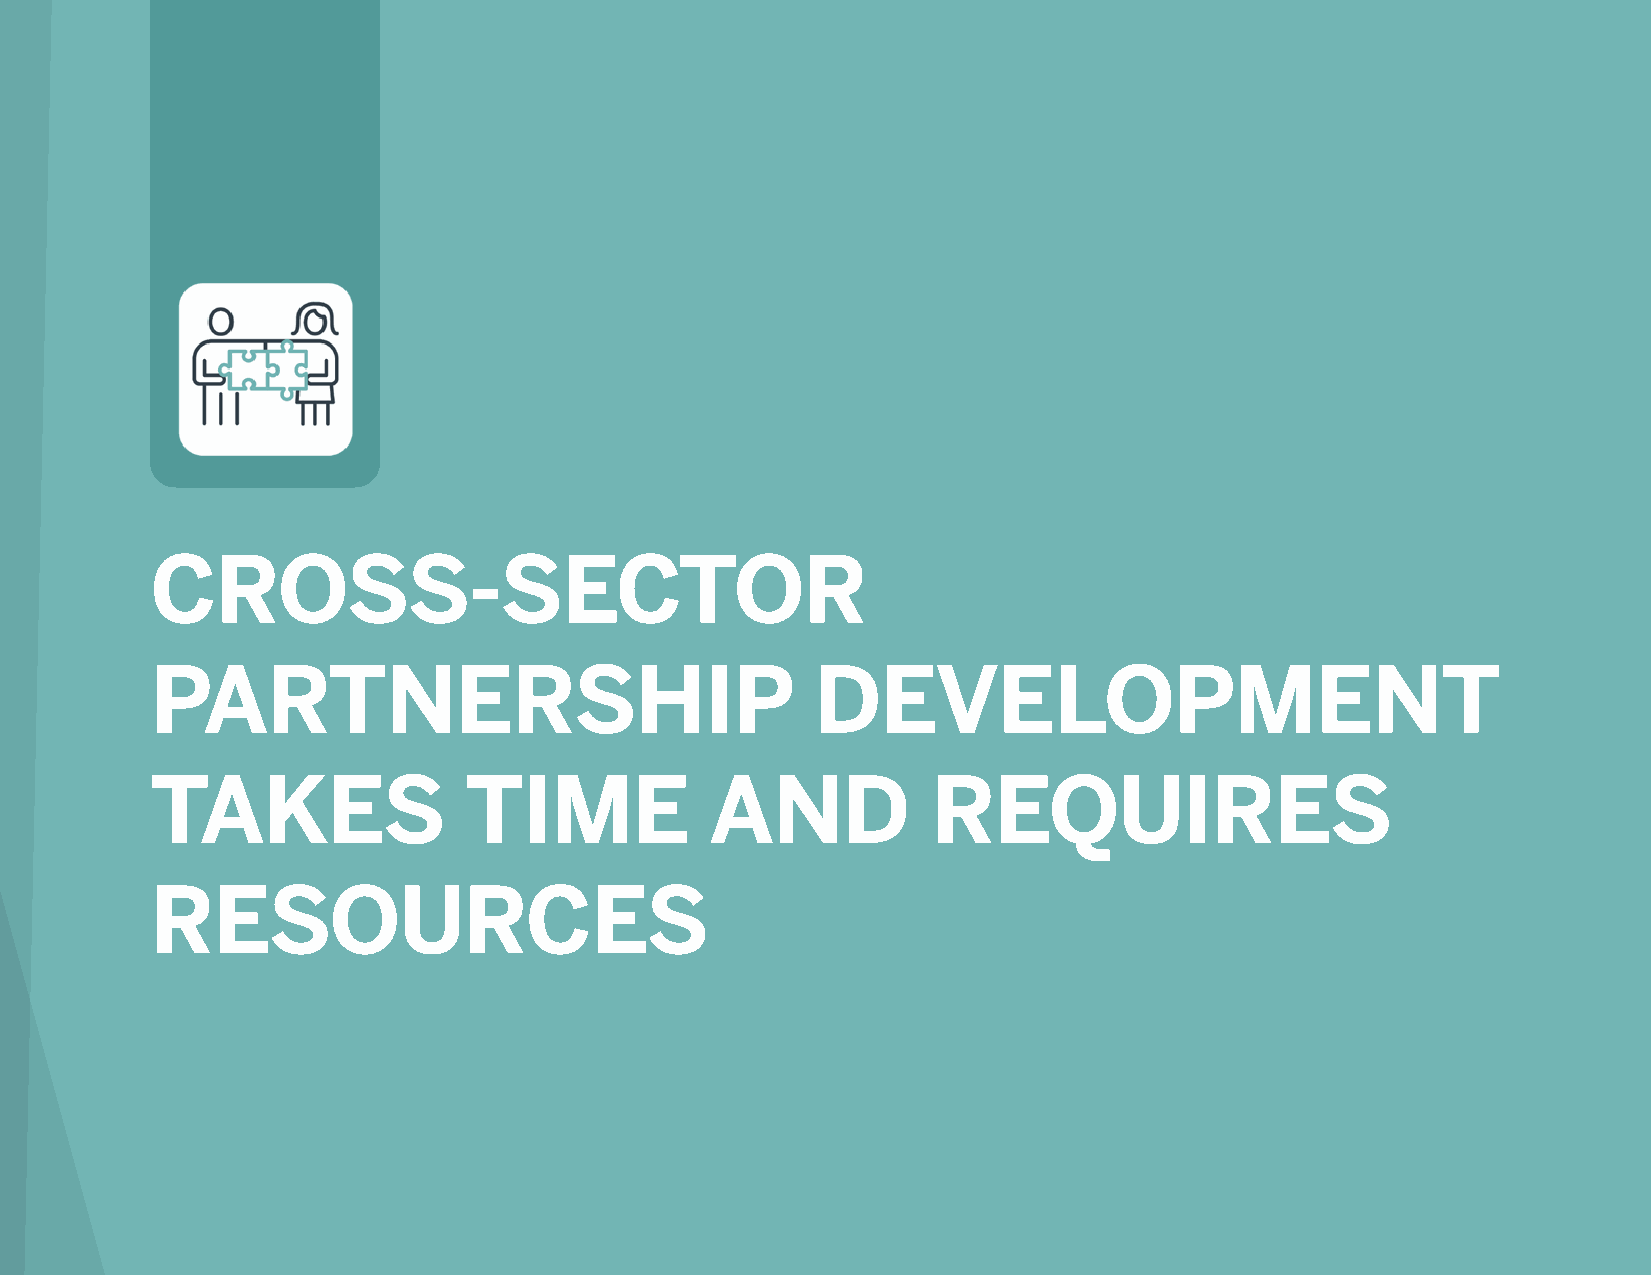
__
 CROSS-SECTOR
 PARTNERSHIP                                 DEVELOPMENT
 TAKES                TIME            AND            REQUIRES
 RESOURCES